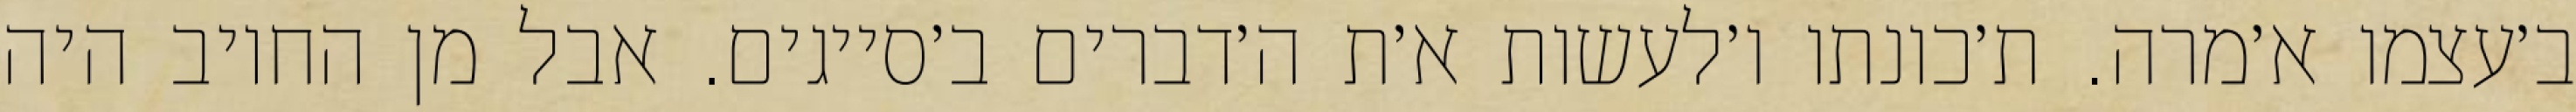
ב׳עצמו א׳מרה. ת׳כונתו ו׳לעשות א׳ת ה׳דברים ב׳סייגים. אבל מן החיוב היה